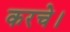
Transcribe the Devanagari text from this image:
करचे।